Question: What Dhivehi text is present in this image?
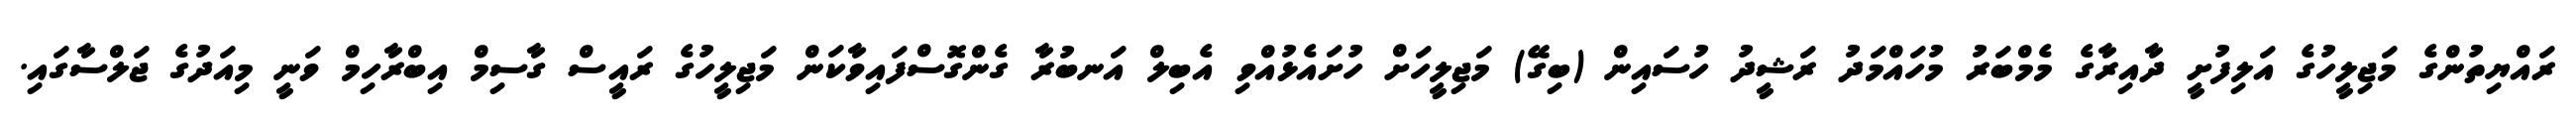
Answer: ރައްޔިތުންގެ މަޖިލީހުގެ އަލިފުށީ ދާއިރާގެ މެމްބަރު މުހައްމަދު ރަޝީދު ހުސައިން (ބިގޭ) މަޖިލީހަށް ހުށައެޅުއްވި އެބިލް އަނބުރާ ގެންގޮސްފައިވާކަން މަޖިލީހުގެ ރައީސް ގާސިމް އިބްރާހިމް ވަނީ މިއަދުގެ ޖަލްސާގައި.